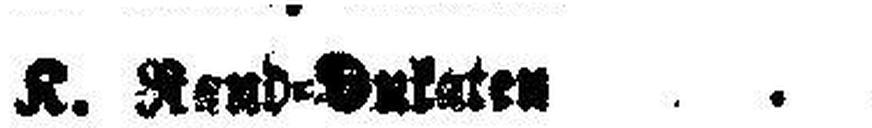
K. Rend=Dukaten